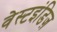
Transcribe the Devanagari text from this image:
वेस्टइंडिज़